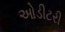
ઓડીટરી